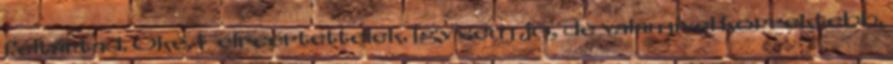
feltártad. Oké. Félreértettelek. Így sem jó, de valamivel korrektebb.